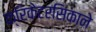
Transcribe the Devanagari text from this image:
क्रिकेटरसिकाने